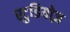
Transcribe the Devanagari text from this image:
स्टुडियोज़